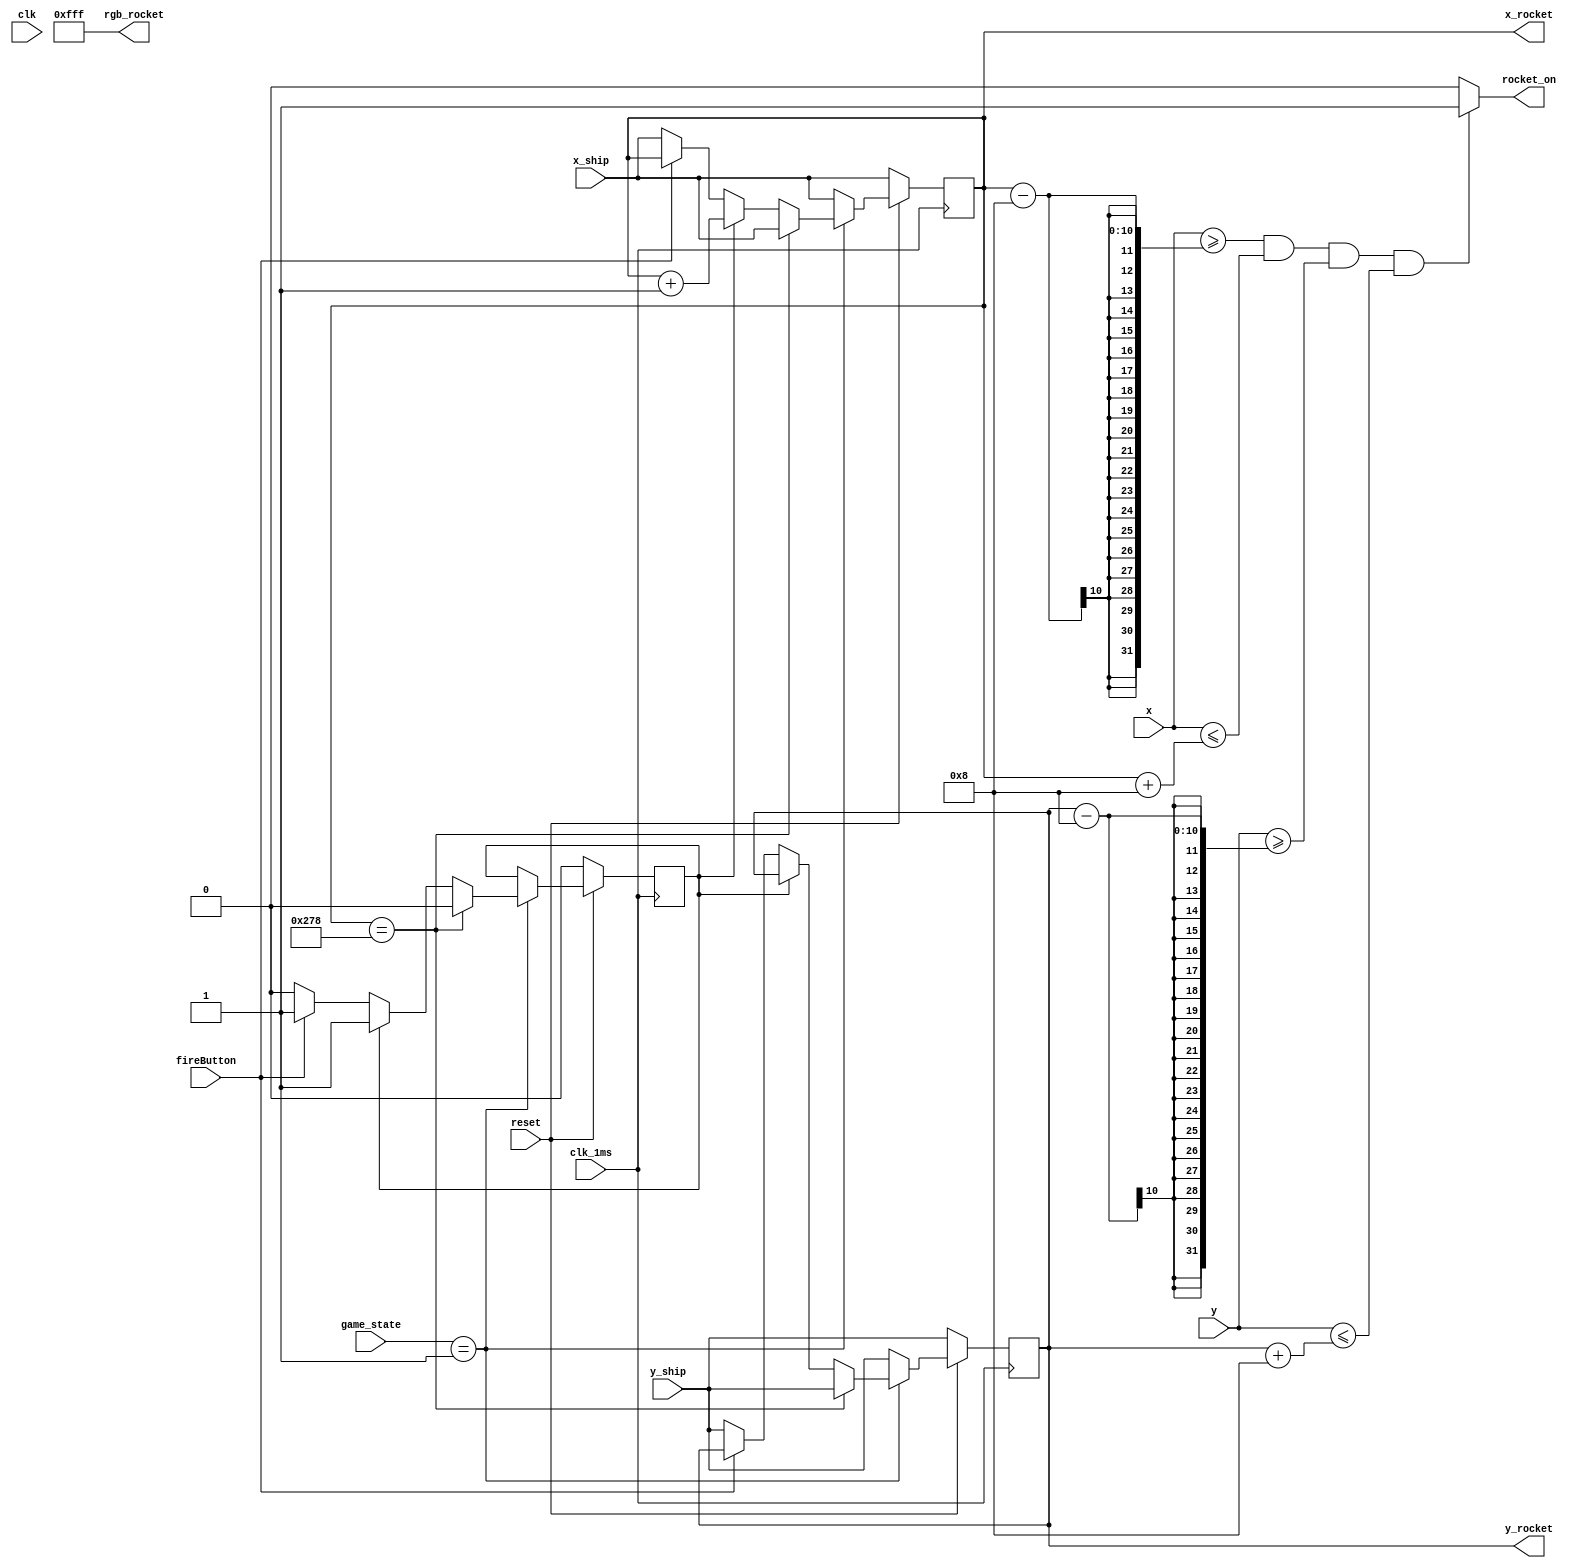
module rocket(
	input clk,clk_1ms,reset, fireButton,
	input [9:0] x, y,
	output rocket_on,
	output [11:0] rgb_rocket,
	input [9:0] x_ship, y_ship,
	input [1:0] game_state,
	output reg [9:0] x_rocket,
	output reg [9:0] y_rocket 
	);
		
	localparam H_ACTIVE	= 640; //Resolution and bounds of screen
	localparam V_ACTIVE	= 480;
	
	localparam rocket_width = 16; //horizontal
	localparam rocket_height = 16; //vertical
	
	
	reg flag = 0;
	
	always @ (posedge clk_1ms)
	begin
	
		if(!reset)
		begin
			x_rocket <= x_ship; // rocket starts at current ship location
			y_rocket <= y_ship;
		   flag <=0;	//flag for the rocket
			
		end
		else if (game_state == 2'b01)
		begin
			
			if (x_rocket == (H_ACTIVE - rocket_width/2)) //check for right side of screen
			begin 
				flag <=0;
				x_rocket <= x_ship; //Starts at ship
				y_rocket <= y_ship;
			end
			
			else if (flag == 1)
			begin
				x_rocket <= x_rocket + 1;  //movement across the screen on x axis 
				y_rocket <= y_rocket;	
			end
			
			else if (fireButton == 1)
			begin
				flag <= 1; //set the flag to 1 as rocket is moving on screen
			end
			
			else
			begin
			   x_rocket <= x_ship;  //movment 
				y_rocket <= y_ship;	
			end
			
		end
		else //If game is not being played this usually wont be run 
		begin
			x_rocket <= x_ship;
		   y_rocket <= y_ship;
		end

	end
	//drawing rocket 	
	assign rocket_on = (x >= x_rocket-(rocket_width/2) && x <= x_rocket+(rocket_width/2) && y >= y_rocket-(rocket_height/2) && y <= y_rocket+(rocket_height/2))?1:0;
	
	assign rgb_rocket = 12'b111111111111;
	
	
	
endmodule